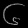
Digit: ၆